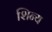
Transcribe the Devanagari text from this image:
शिन्य